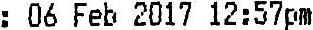
: 06 FEB 2017 12:57PM